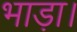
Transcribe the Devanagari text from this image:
भाड़ा।